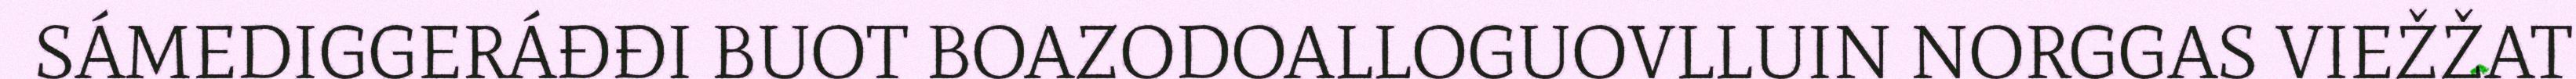
SÁMEDIGGERÁĐĐI BUOT BOAZODOALLOGUOVLLUIN NORGGAS VIEŽŽAT